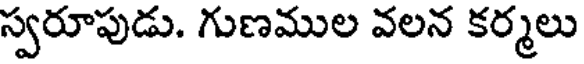
స్వరూపుడు. గుణముల వలన కర్మలు